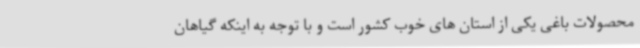
محصولات باغی یکی از استان های خوب کشور است و با توجه به اینکه گیاهان